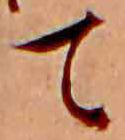
て